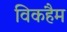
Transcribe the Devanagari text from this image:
विकहैम